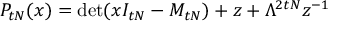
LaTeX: P _ { t N } ( x ) = \operatorname * { d e t } ( x I _ { t N } - M _ { t N } ) + z + \Lambda ^ { 2 t N } z ^ { - 1 }